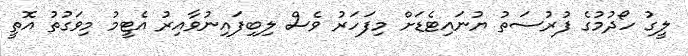
ލީގު ހޯދުމުގެ ފުރުސަތު ޔުނައިޓެޑަށް މިފަހަރު ވެސް ލިބިފައިނުވާއިރު އެޓީމު މިވަގުތު އޮތީ